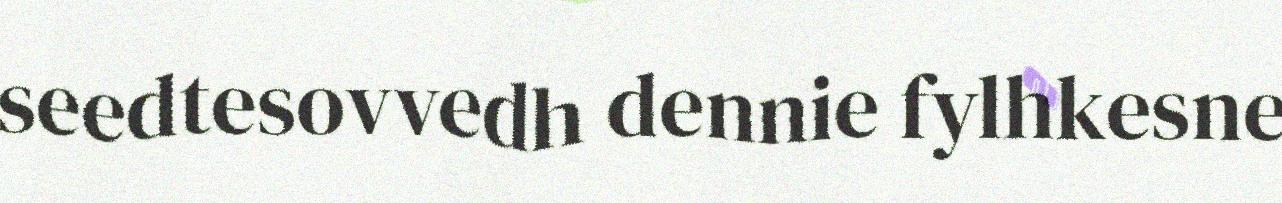
seedtesovvedh dennie fylhkesne